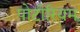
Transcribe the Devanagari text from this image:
पोटीरियम